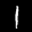
Digit: 1